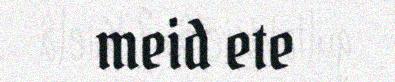
meid ete